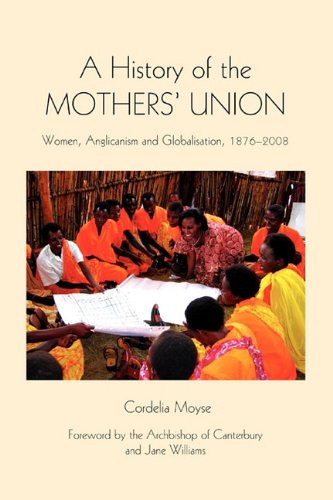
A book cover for A History of the Mothers' Union: Women, Anglicanism and Globalisation, 1876-2008 (Studies in Modern British Religious History); Cordelia Moyse; Christian Books & Bibles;